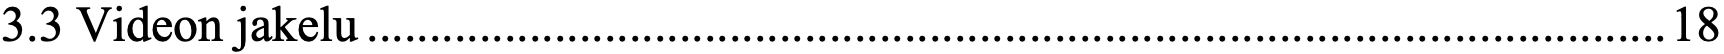
3.3 Videon jakelu........................................................................................................18